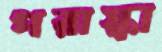
পরাস্কা